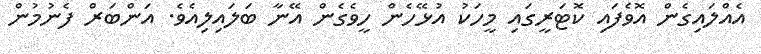
އެއްލައިގެން އޮވެފައި ކޮޓަރީގައި މީހަކު އުޅޭހެން ހީވެގެން އޭނާ ބަލައިލިއެވެ. އަންބަރް ފެނުމުން